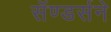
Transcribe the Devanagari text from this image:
सॅण्डर्सने